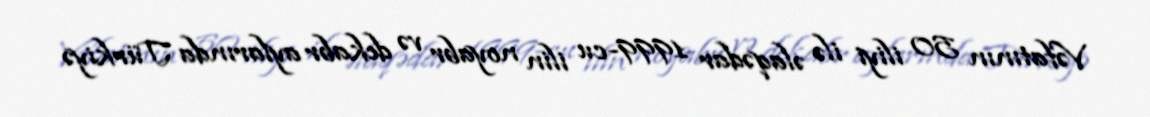
Vəfatının 50 iliyi ilə əlaqədar 1999-cu ilin noyabr və dekabr aylarında Türkiyə